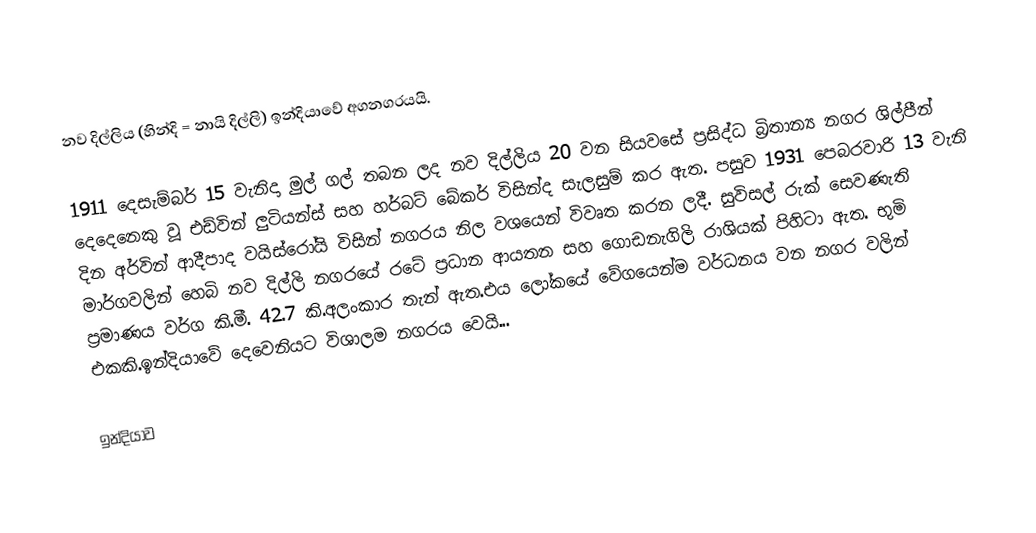
නව දිල්ලිය (හින්දි = නායි දිල්ලි) ඉන්දියාවේ අගනගරයයි.

1911 දෙසැම්බර් 15 වැනිදා මුල් ගල් තබන ලද නව දිල්ලිය 20 වන සියවසේ ප්‍රසිද්ධ බ්‍රිතාන්‍ය නගර ශිල්පීන් දෙදෙනෙකු වූ එඩ්වින් ලුටියන්ස් සහ හර්බට් බේකර් විසින්ද සැලසුම් කර ඇත. පසුව 1931 පෙබරවාරි 13 වැනි දින අර්වින් ආදීපාද වයිස්රෝයි විසින් නගරය නිල වශයෙන් විවෘත කරන ලදී. සුවිසල් රුක් සෙවණැති මාර්ගවලින් හෙබි නව දිල්ලි නගරයේ රටේ ප්‍රධාන ආයතන සහ ගොඩනැගිලි රාශියක් පිහිටා ඇත. භුමි ප්‍රමාණය වර්ග කි.මී. 42.7 කි.අලංකාර තැන් ඇත.එය ලෝකයේ වේගයෙන්ම වර්ධනය වන නගර වලින් එකකි.ඉන්දියාවේ දෙවෙනියට විශාලම නගරය වෙයි...

ඉන්දියාව